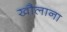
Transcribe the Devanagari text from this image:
खौलाना